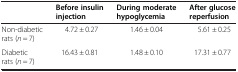
|  | Before insulin injection | During moderate hypoglycemia | After glucose reperfusion |
 | --- | --- | --- | --- |
 | Non-diabetic rats (n = 7) | 4.72 ± 0.27 | 1.46 ± 0.04 | 5.61 ± 0.25 |
 | Diabetic rats (n = 7) | 16.43 ± 0.81 | 1.48 ± 0.10 | 17.31 ± 0.77 |